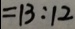
= 1 3 : 1 2